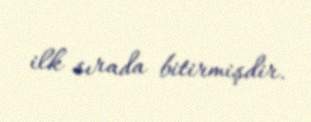
ilk sırada bitirmişdir.